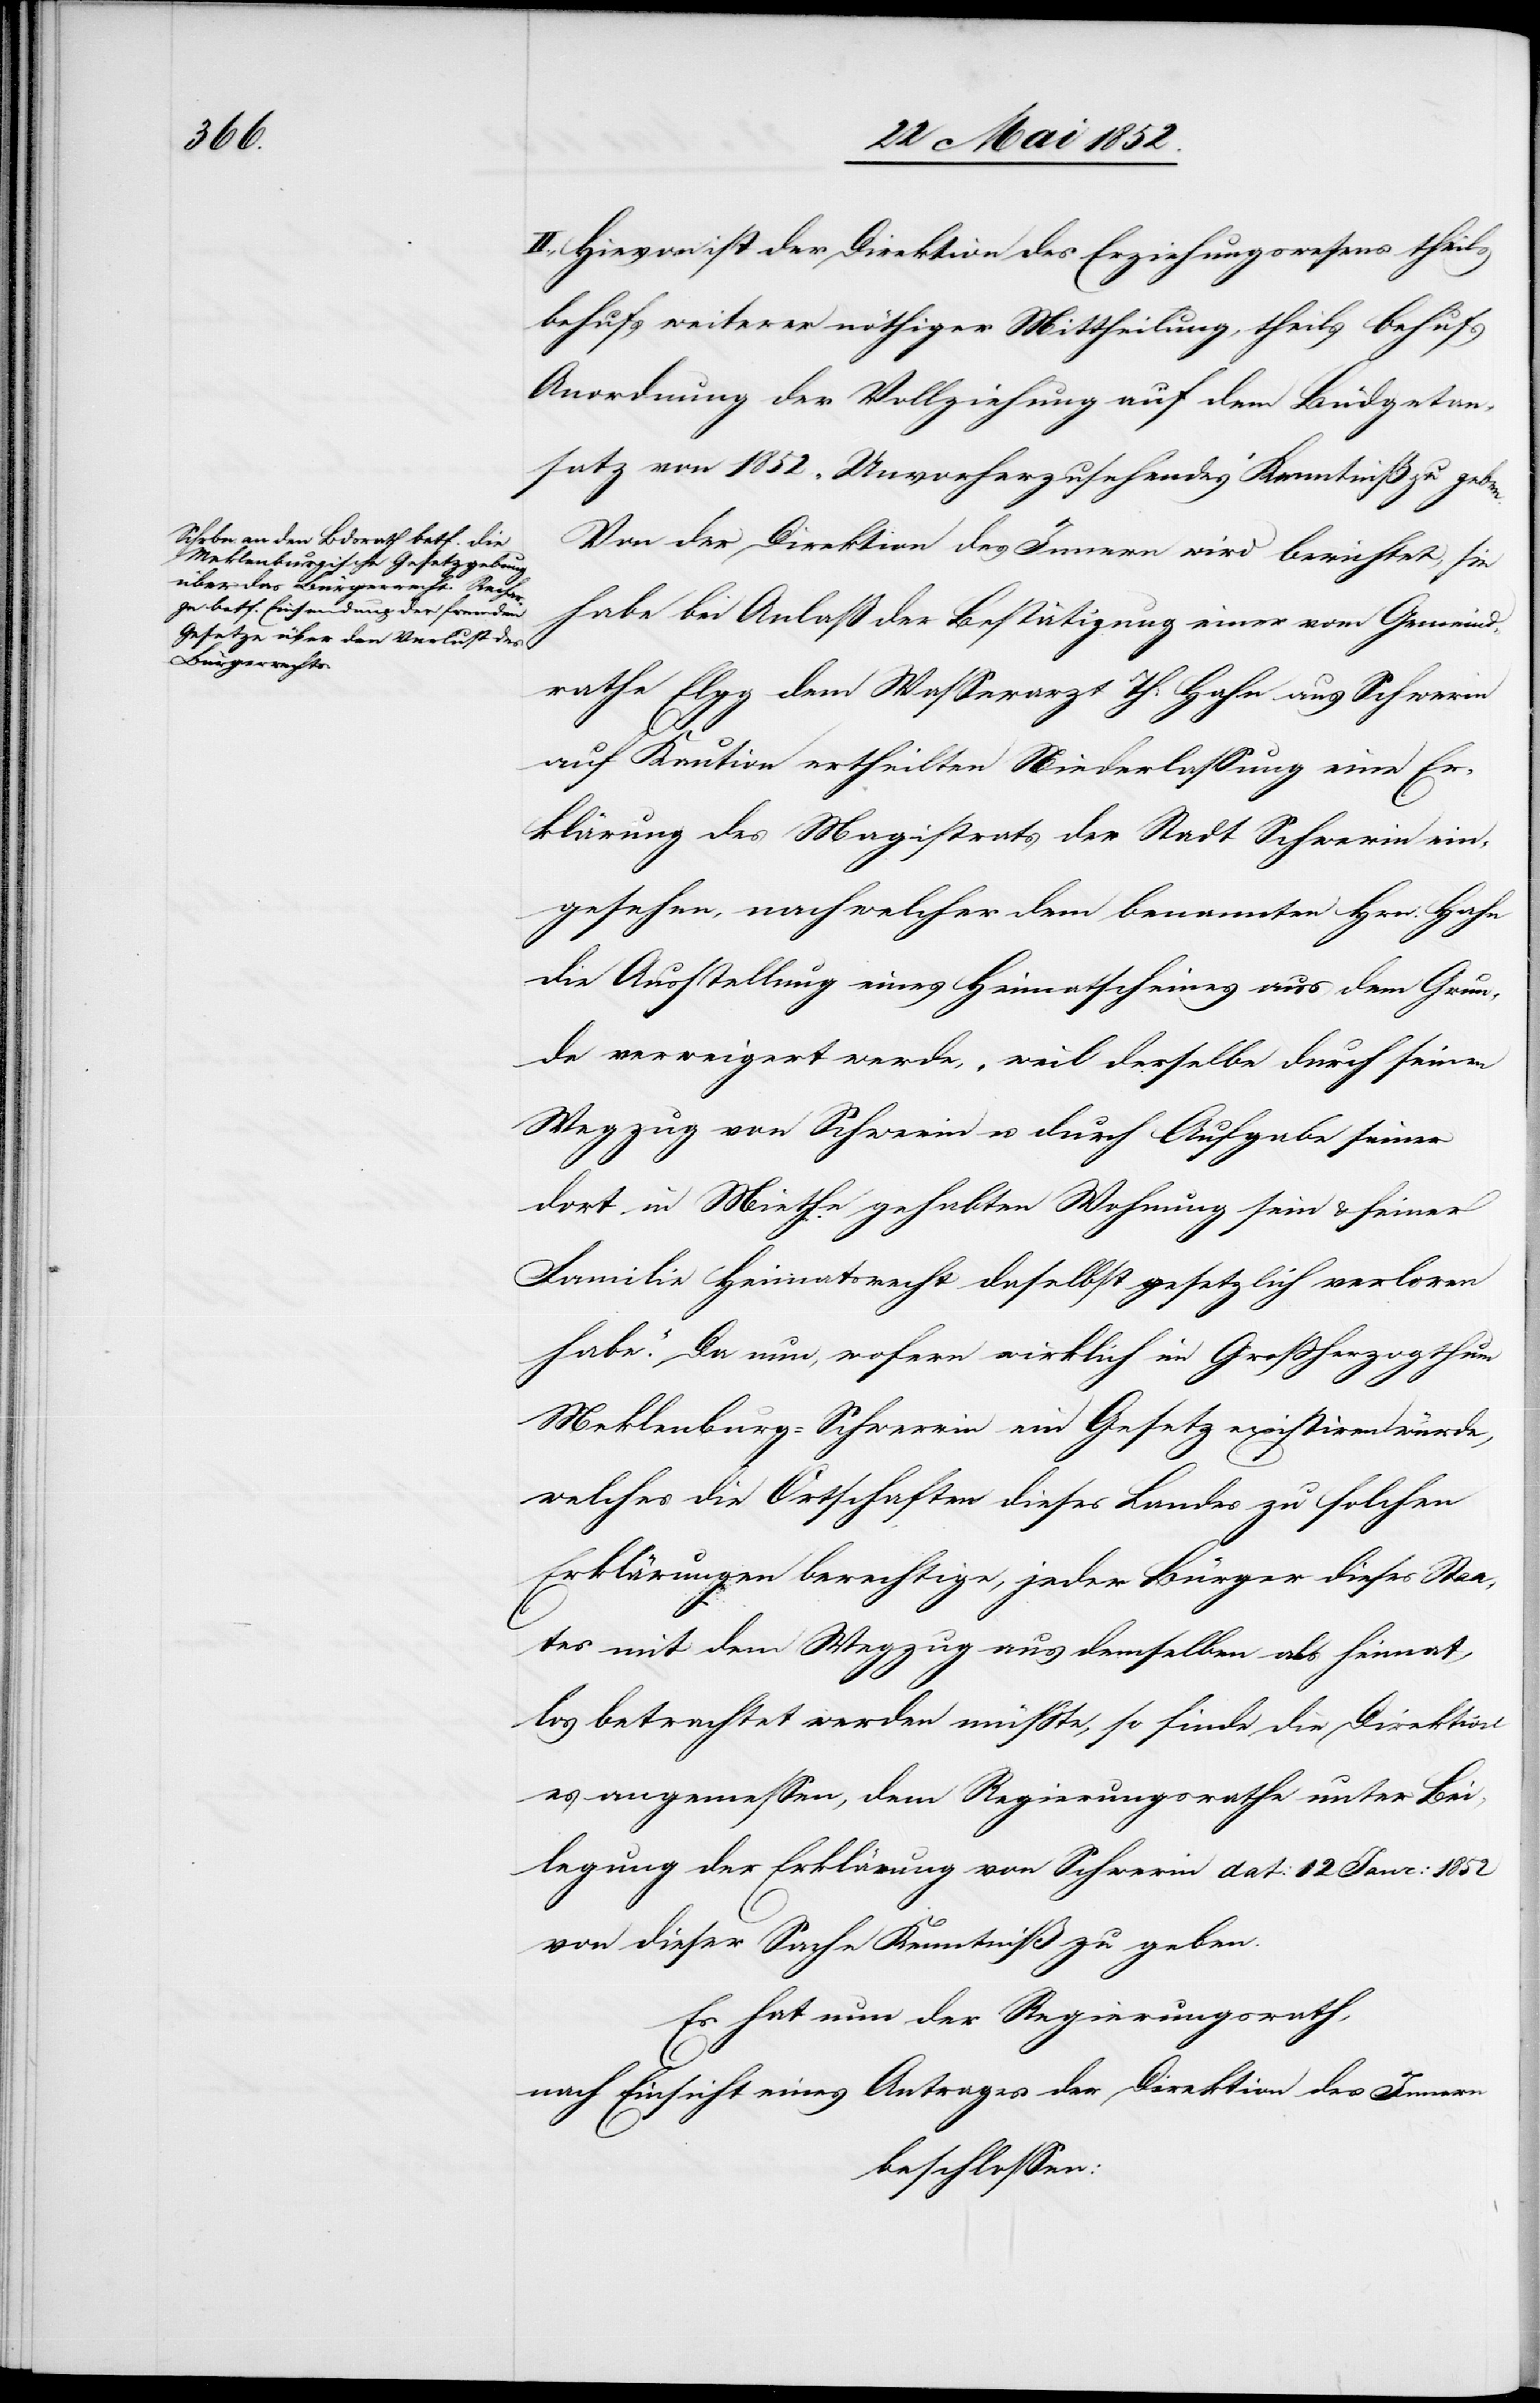
II., Hievon ist der Direktion des Erziehungswesens theils
behufs weiterer nöthiger Mittheilung, theils behufs
Anordnung der Vollziehung auf dem Büdgetan¬
satz von 1852. „Unvorherzusehendes“ Kenntniß zu geben.
Von der Direktion des Innern wird berichtet, sie
habe bei Anlaß der Bestätigung einer vom Gemeind¬
rathe Elgg dem Wasserarzt Th. Hahn aus Schwerin
auf Kaution ertheilten Niederlassung eine Er¬
klärung des Magistrats der Stadt Schwerin ein¬
gesehen, nach welcher dem benannten Hrn. Hahn
die Ausstellung eines Heimatscheines aus dem Grun¬
de verweigert werde, „weil derselbe durch seinen
Wegzug von Schwerin u. durch Aufgabe seiner
dort in Miethe gehabten Wohnung sein & seiner
Familie Heimatsrecht daselbst gesetzlich verloren
habe.“ Da nun, wofern wirklich im Grossherzogthum
Meklenburg-Schwerrin [sic!] ein Gesetz existiren würde,
welches die Ortschaften dieses Landes zu solchen
Erklärungen berechtige, jeder Bürger dieses Staa¬
tes mit dem Wegzug aus demselben als heimat¬
los betrachtet werden müsste, so finde die Direktion
es angemessen, dem Regierungsrathe unter Bei¬
legung der Erklärung von Schwerin dat: 12 Janr: 1852
von dieser Sache Kenntniß zu geben.
Es hat nun der Regierungsrath,
nach Einsicht eines Antrages der Direktion des Innern
beschlossen: